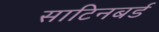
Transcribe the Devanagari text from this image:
साटिनबर्ड